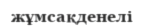
жұмсақденелі